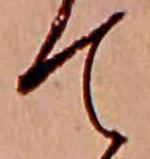
て